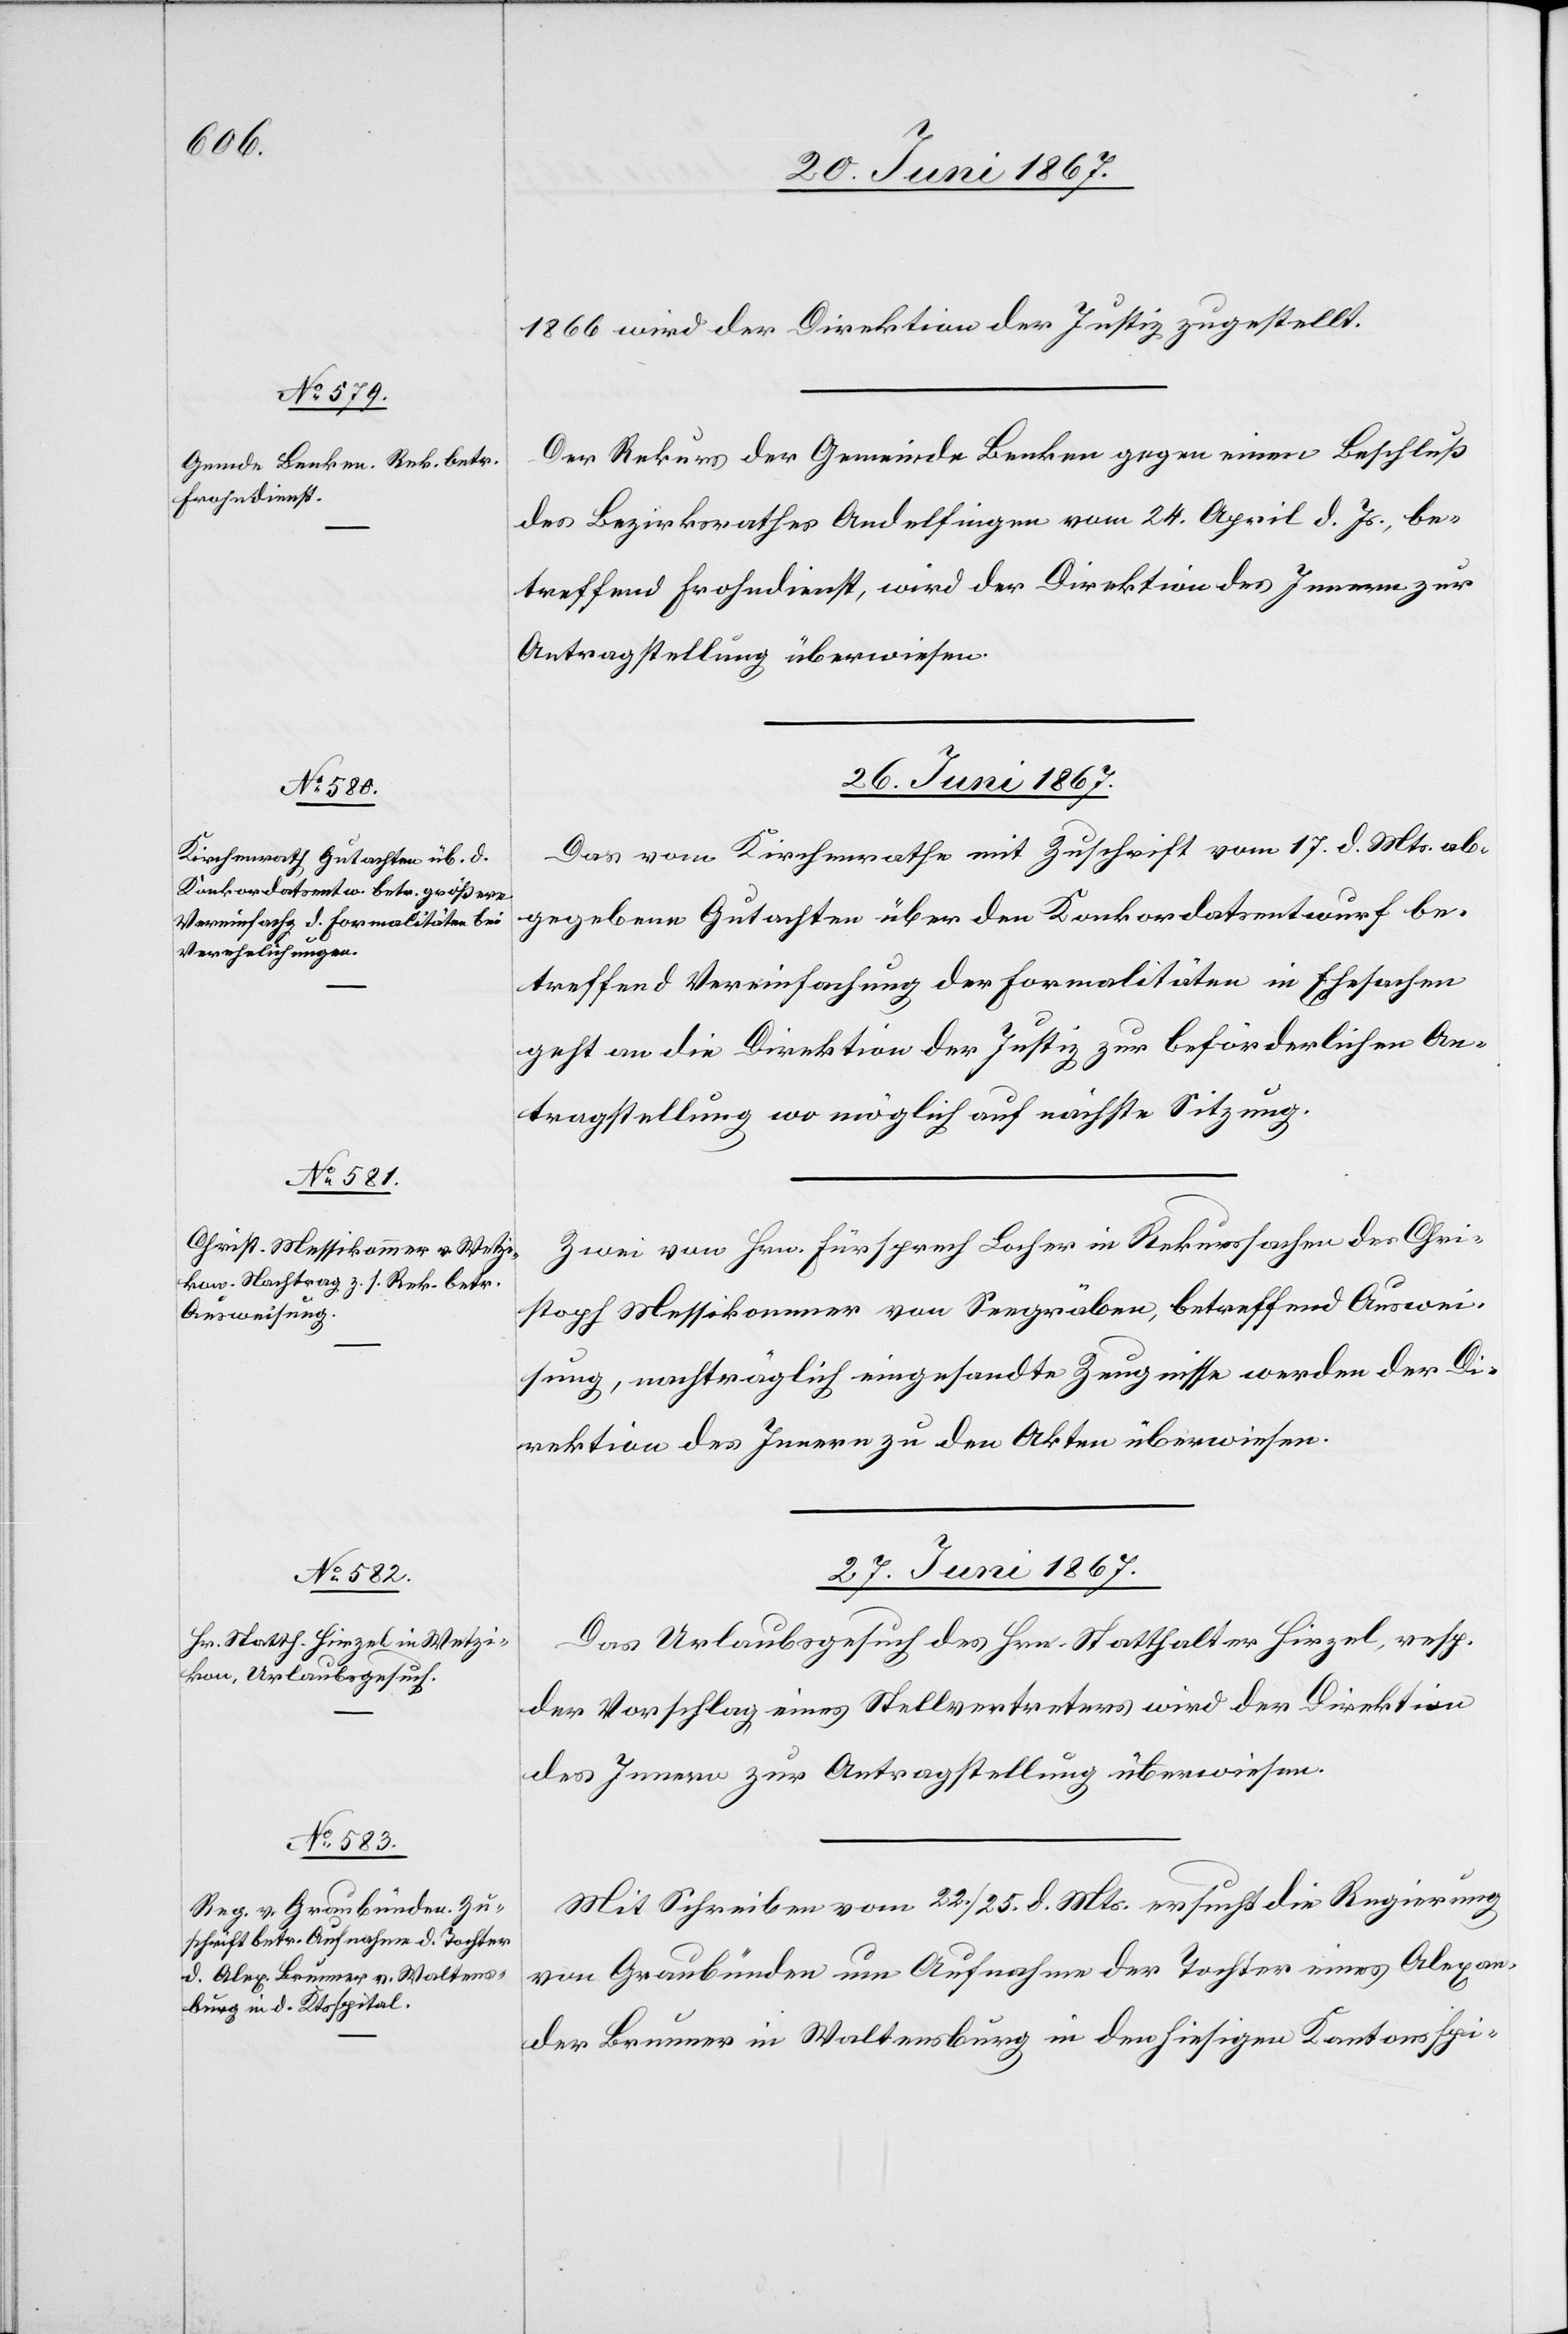
26. Juni 1867.]
1866 wird der Direktion der Justiz zugestellt.
Der Rekurs der Gemeinde Benken gegen einen Beschluß
des Bezirksrathes Andelfingen vom 24. April d. Js., be¬
treffend Frohndienst, wird der Direktion des Innern zur
Antragstellung überwiesen.
26. Juni 1867.
Das vom Kirchenrathe mit Zuschrift vom 17. d. Mts. ab¬
gegebene Gutachten über den Konkordatsentwurf be¬
treffend Vereinfachung der Formalitäten in Ehesachen
geht an die Direktion der Justiz zur beförderlichen An¬
tragstellung wo möglich auf nächste Sitzung.
Zwei von Hrn. Fürsprech Locher in Rekurssachen des Chri¬
stoph Messikommer von Seegräben, betreffend Auswei¬
sung, nachträglich eingesandte Zeugnisse werden der Di¬
rektion des Innern zu den Akten überwiesen.
27. Juni 1867.]
Das Urlaubsgesuch des Hrn. Statthalter Hirzel, resp.
der Vorschlag eines Stellvertreters wird der Direktion
des Innern zur Antragstellung überwiesen.
Mit Schreiben vom 22./25. d. Mts. ersucht die Regierung
von Graubünden um Aufnahme der Tochter eines Alexan¬
der Brunner in Waltensburg in den hiesigen Kantonsspi-